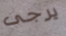
يرجى